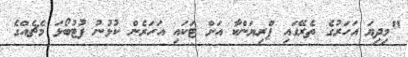
"މިދިޔަ އަހަރުގެ ތެރޭގައި ޕްރިޔަންކާ އަށް ޓަކައި އަހަރެން ކުޅުނު ފުޓުބޯޅަ މެޗެއްގެ